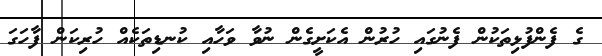
ގެ ފެންފުޅިތަކުން ފެނުގައި ހުރުން އެކަށީގެން ނުވާ ވަހާއި ކުނޑިތަކެއް ހުރިކަން ފާހަގަ